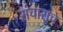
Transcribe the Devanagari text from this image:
संचाराचे